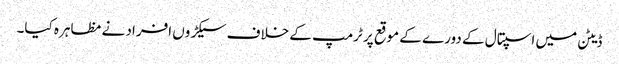
ڈیٹن میں اسپتال کے دورے کے موقع پر ٹرمپ کے خلاف سیکڑوں افراد نے مظاہرہ کیا۔